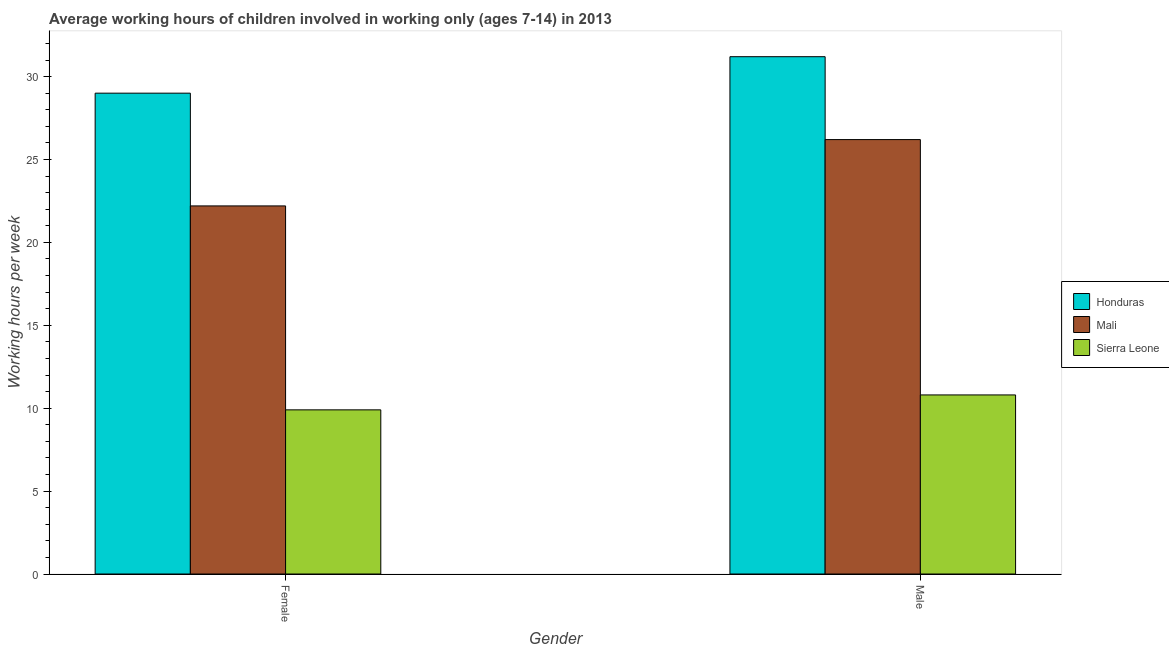
| Gender | Honduras | Mali | Sierra Leone |
 | --- | --- | --- | --- |
 | Female | 29 | 22.2 | 9.9 |
 | Male | 31.2 | 26.2 | 10.8 |